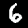
Label: 6